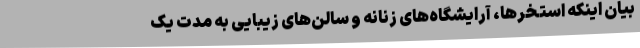
بیان اینکه استخرها، آرایشگاه‌های زنانه و سالن‌های زیبایی به مدت یک